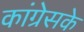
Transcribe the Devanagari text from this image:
कांग्रेसके